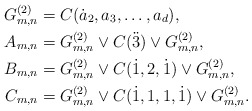
\begin{align*} G^{(2)}_{m,n}&=C(\dot a_2,a_3,\ldots,a_d),\\ A_{m,n}&=G^{(2)}_{m,n}\vee C(\ddot3)\vee G^{(2)}_{m,n},\\ B_{m,n}&=G^{(2)}_{m,n}\vee C(\dot1,2,\dot1)\vee G^{(2)}_{m,n},\\ C_{m,n}&=G^{(2)}_{m,n}\vee C(\dot1,1,1,\dot1)\vee G^{(2)}_{m,n}. \end{align*}